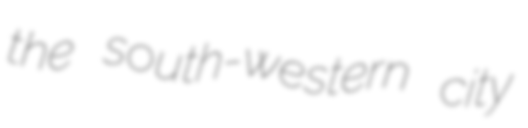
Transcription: the south-western city